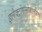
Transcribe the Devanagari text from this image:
इलेक्ट्रोएन्सेफालोग्राफी